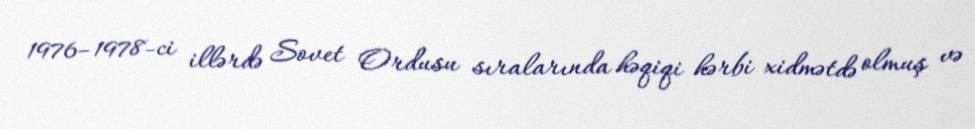
1976–1978-ci illərdə Sovet Ordusu sıralarında həqiqi hərbi xidmətdə olmuş və